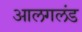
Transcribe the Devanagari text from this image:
आलगलंड